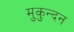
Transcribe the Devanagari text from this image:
मुकुन्दन